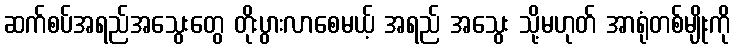
ဆက်စပ်အရည်အသွေးတွေ တိုးပွားလာစေမယ့် အရည် အသွေး သို့မဟုတ် အာရုံတစ်မျိုးကို